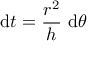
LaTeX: \mathrm { d } t = { \frac { r ^ { 2 } } { h } } \ \mathrm { d } \theta